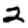
Digit: 2